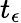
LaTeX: t_{\epsilon}